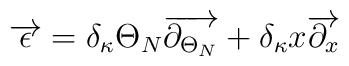
\overrightarrow{\epsilon }=\delta _{\kappa }\Theta _{N}\overrightarrow{\partial _{\Theta _{N}}}+\delta _{\kappa }x\overrightarrow{\partial _{x}}